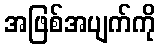
အဖြစ်အပျက်ကို